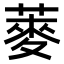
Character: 𫉍